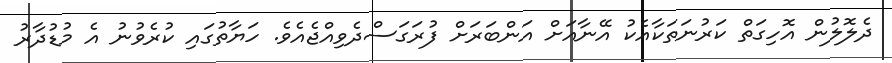
ދެލޮލުން އޮހިގަތް ކަރުނަތަކާއެކު އޭނާއަށް އަންބަރަށް ފުރަގަސްދެވިއްޖެއެވެ. ހަޔާތުގައި ކުރެވުނު އެ މުޑުދާރު